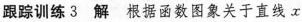
跟踪训练3 解 根据函数图象关于直线x